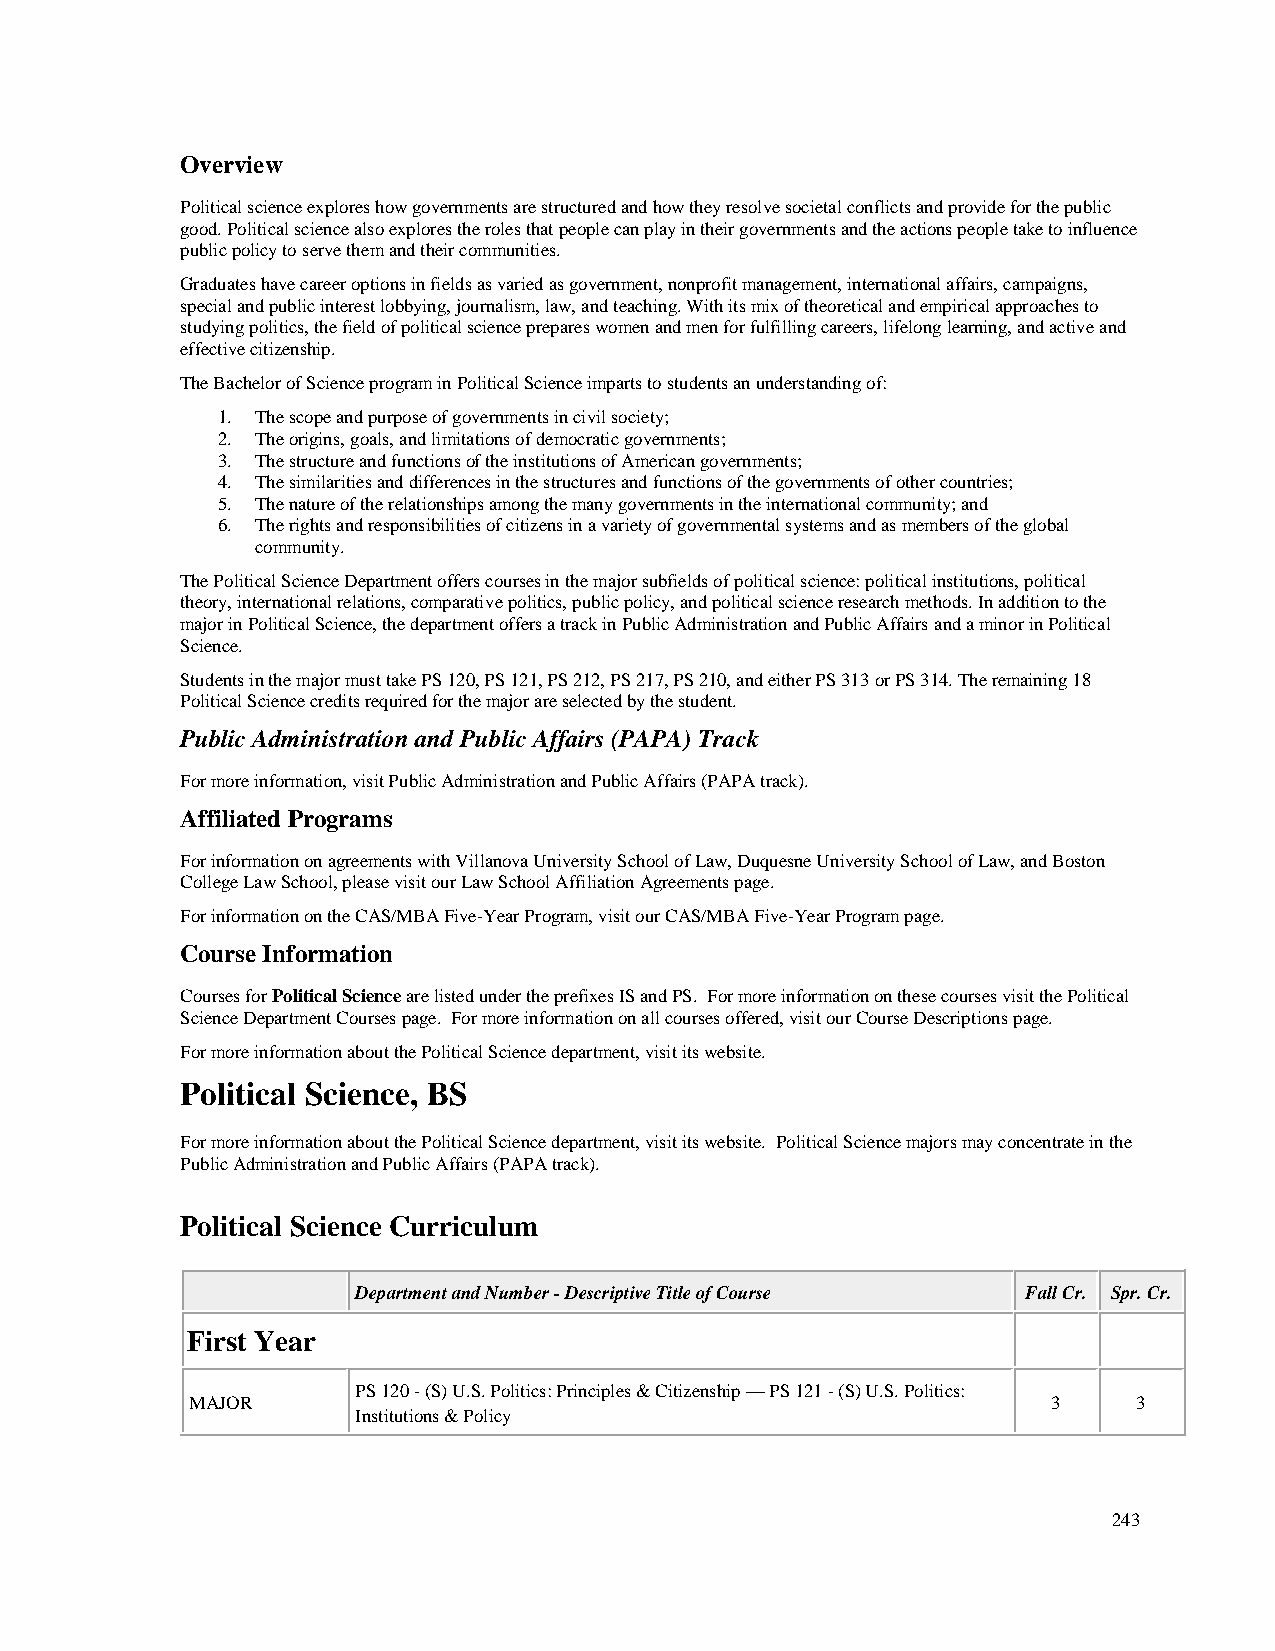
Overview
 Political science explores how governments are structured and how they resolve societal conflicts and provide for the public
 good. Political science also explores the roles that people can play in their governments and the actions people take to influence
 public policy to serve them and their communities.
 Graduates have career options in fields as varied as government, nonprofit management, international affairs, campaigns,
 special and public interest lobbying, journalism, law, and teaching. With its mix of theoretical and empirical approaches to
 studying politics, the field of political science prepares women and men for fulfilling careers, lifelong learning, and active and
 effective citizenship.
 The Bachelor of Science program in Political Science imparts to students an understanding of:
 1. The scope and purpose of governments in civil society;
 2. The origins, goals, and limitations of democratic governments;
 3. The structure and functions of the institutions of American governments;
 4. The similarities and differences in the structures and functions of the governments of other countries;
 5. The nature of the relationships among the many governments in the international community; and
 6. The rights and responsibilities of citizens in a variety of governmental systems and as members of the global
 community.
 The Political Science Department offers courses in the major subfields of political science: political institutions, political
 theory, international relations, comparative politics, public policy, and political science research methods. In addition to the
 major in Political Science, the department offers a track in Public Administration and Public Affairs and a minor in Political
 Science.
 Students in the major must take PS 120, PS 121, PS 212, PS 217, PS 210, and either PS 313 or PS 314. The remaining 18
 Political Science credits required for the major are selected by the student.
 Public Administration and Public Affairs (PAPA) Track
 For more information, visit Public Administration and Public Affairs (PAPA track).
 Affiliated Programs
 For information on agreements with Villanova University School of Law, Duquesne University School of Law, and Boston
 College Law School, please visit our Law School Affiliation Agreements page.
 For information on the CAS/MBA Five-Year Program, visit our CAS/MBA Five-Year Program page.
 Course Information
 Courses for Political Science are listed under the prefixes IS and PS. For more information on these courses visit the Political
 Science Department Courses page. For more information on all courses offered, visit our Course Descriptions page.
 For more information about the Political Science department, visit its website.
 Political Science, BS
 For more information about the Political Science department, visit its website. Political Science majors may concentrate in the
 Public Administration and Public Affairs (PAPA track).
 Political Science Curriculum
 Department and Number - Descriptive Title of Course Fall Cr. Spr. Cr.
 First Year
 PS 120 - (S) U.S. Politics: Principles & Citizenship — PS 121 - (S) U.S. Politics:
 MAJOR                                                    3    3
 Institutions & Policy
 243